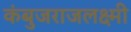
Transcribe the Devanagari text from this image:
कंबुजराजलक्ष्मी